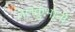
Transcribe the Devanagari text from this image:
जलकुंभांनी